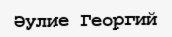
Әулие Георгий